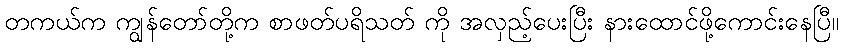
တကယ်က ကျွန်တော်တို့က စာဖတ်ပရိသတ် ကို အလှည့်ပေးပြီး နားထောင်ဖို့ကောင်းနေပြီ။